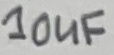
Text: 10uF